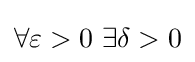
\forall \varepsilon >0\,\,\exists \delta >0